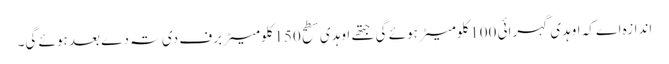
اندازہ اے کہ اوہدی گہرائی 100کلومیٹر ہوئے گی جتھ‏ے اوہدی سطح 150کلومیٹر برف دی تہ دے بعد ہوئے گی۔